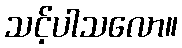
သင့်ပါသလော။